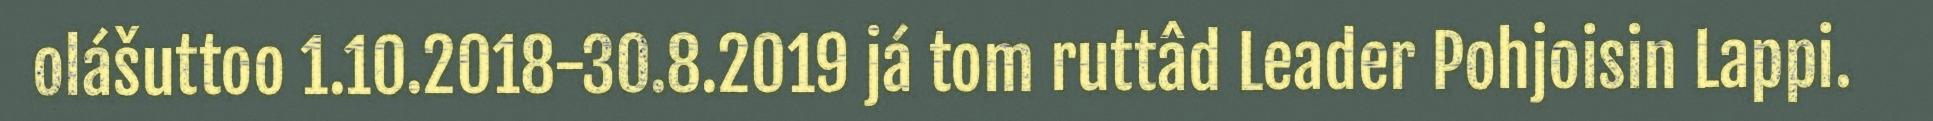
olášuttoo 1.10.2018-30.8.2019 já tom ruttâd Leader Pohjoisin Lappi.